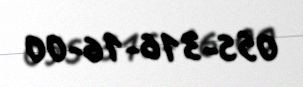
055-316-16-00